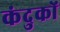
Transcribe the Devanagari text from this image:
कंदुकों